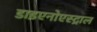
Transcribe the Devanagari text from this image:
डाइएनोएस्ट्राल